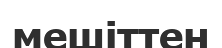
мешіттен